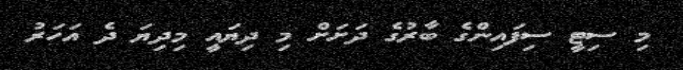
މި ސިޓީ ސިފައިންގެ ބާރުގެ ދަށަށް މި ދިޔައީ މިދިޔަ ދެ އަހަރު